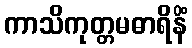
ကာသိကုတ္တမဓာရိနိံ